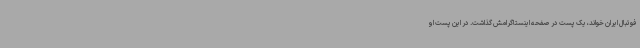
فوتبال ایران خواند، یک پست در صفحه اینستاگرامش گذاشت. در این پست او